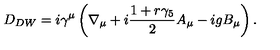
D _ { D W } = i \gamma ^ { \mu } \left( \nabla _ { \mu } + i \frac { 1 + r \gamma _ { 5 } } { 2 } A _ { \mu } - i g B _ { \mu } \right) .